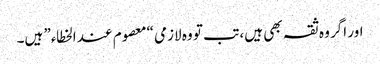
اور اگر وہ ثقہ بھی ہیں، تب تو وہ لازمی “معصوم عند الخطاء” ہیں۔